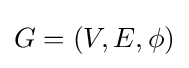
G=(V,E,\phi )